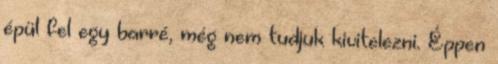
épül fel egy barré, még nem tudjuk kivitelezni. Éppen